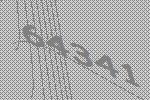
64341